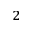
^ 2